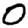
Digit: 0